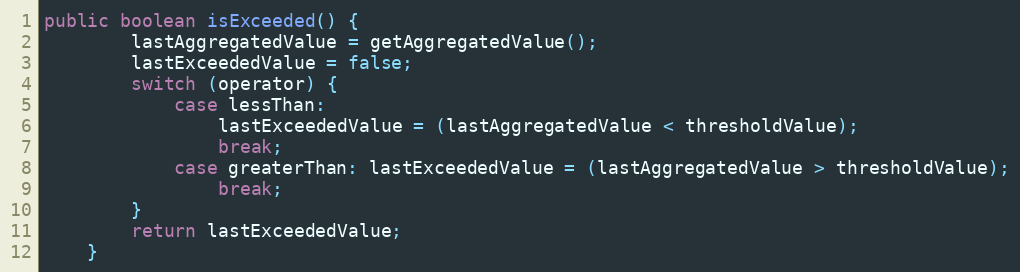
Language: Java
public boolean isExceeded() {
        lastAggregatedValue = getAggregatedValue();
        lastExceededValue = false;
        switch (operator) {
            case lessThan:
                lastExceededValue = (lastAggregatedValue < thresholdValue);
                break;
            case greaterThan: lastExceededValue = (lastAggregatedValue > thresholdValue);
                break;
        }
        return lastExceededValue;
    }